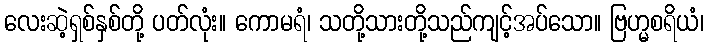
လေးဆဲ့ရှစ်နှစ်တို့ ပတ်လုံး။ ကောမရံ၊ သတို့သားတို့သည်ကျင့်အပ်သော။ ဗြဟ္မစရိယံ၊